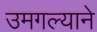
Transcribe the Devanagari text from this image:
उमगल्याने